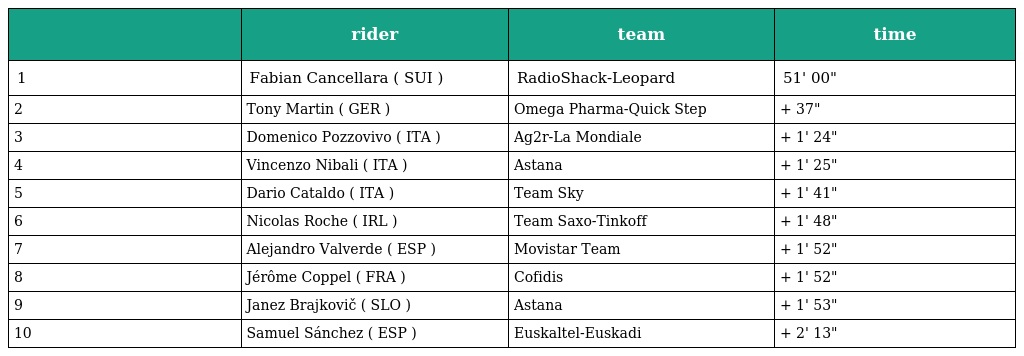
|  | rider | team | time |
 | --- | --- | --- | --- |
 | 1 | Fabian Cancellara ( SUI ) | RadioShack-Leopard | 51' 00" |
 | 2 | Tony Martin ( GER ) | Omega Pharma-Quick Step | + 37" |
 | 3 | Domenico Pozzovivo ( ITA ) | Ag2r-La Mondiale | + 1' 24" |
 | 4 | Vincenzo Nibali ( ITA ) | Astana | + 1' 25" |
 | 5 | Dario Cataldo ( ITA ) | Team Sky | + 1' 41" |
 | 6 | Nicolas Roche ( IRL ) | Team Saxo-Tinkoff | + 1' 48" |
 | 7 | Alejandro Valverde ( ESP ) | Movistar Team | + 1' 52" |
 | 8 | Jérôme Coppel ( FRA ) | Cofidis | + 1' 52" |
 | 9 | Janez Brajkovič ( SLO ) | Astana | + 1' 53" |
 | 10 | Samuel Sánchez ( ESP ) | Euskaltel-Euskadi | + 2' 13" |